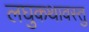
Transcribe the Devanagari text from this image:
लघुकथावस्तु